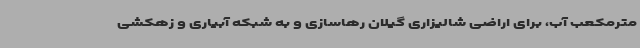
مترمکعب آب، برای اراضی شالیزاری گیلان رهاسازی و به شبکه آبیاری و زهکشی